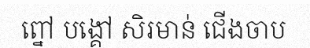
ព្នៅ បង្គៅ សិរមាន់ ជើងចាប